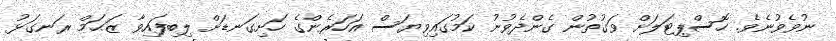
ނުވެވުނެވެ. ހޮސްޕިޓަލަށް ވަގުތުން ގެންދެވުނު ކަމުގައިވިޔަސް އަހަރެންގެ ހަށިގަނޑަށް ލިބިފައިވާ ޒަޙަމް ރަނގަޅު